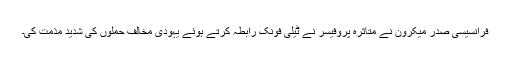
فرانسیسی صدر میکرون نے متاثرہ پروفیسر نے ٹیلی فونک رابطہ کرتے ہوئے یہودی مخالف حملوں کی شدید مذمت کی۔